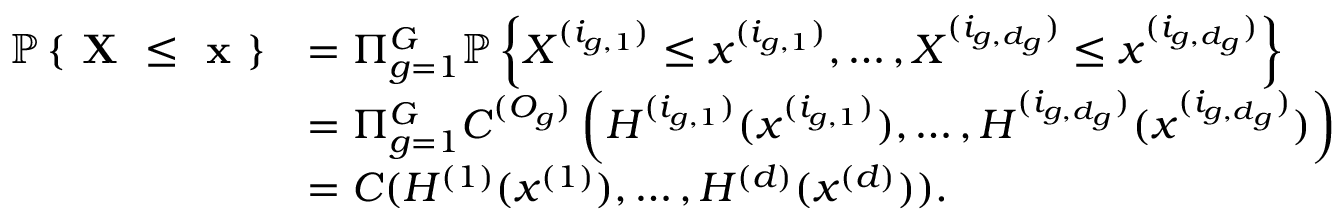
\begin{array} { r l } { \mathbb { P } \left\{ \textbf { X } \leq \textbf { x } \right\} } & { = \Pi _ { g = 1 } ^ { G } \mathbb { P } \left\{ X ^ { ( i _ { g , 1 } ) } \leq x ^ { ( i _ { g , 1 } ) } , \dots , X ^ { ( i _ { g , d _ { g } } ) } \leq x ^ { ( i _ { g , d _ { g } } ) } \right\} } \\ & { = \Pi _ { g = 1 } ^ { G } C ^ { ( O _ { g } ) } \left( H ^ { ( i _ { g , 1 } ) } ( x ^ { ( i _ { g , 1 } ) } ) , \dots , H ^ { ( i _ { g , d _ { g } } ) } ( x ^ { ( i _ { g , d _ { g } } ) } ) \right) } \\ & { = C ( H ^ { ( 1 ) } ( x ^ { ( 1 ) } ) , \dots , H ^ { ( d ) } ( x ^ { ( d ) } ) ) . } \end{array}